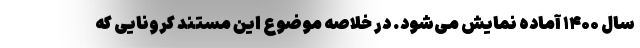
سال ۱۴۰۰ آماده نمایش می‌شود. در خلاصه موضوع این مستند کرونایی که